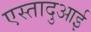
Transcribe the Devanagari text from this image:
एस्तादुआई